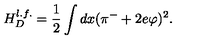
H _ { D } ^ { l . f . } = \frac { 1 } { 2 } \int d x ( \pi ^ { - } + 2 e \varphi ) ^ { 2 } .